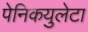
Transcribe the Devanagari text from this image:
पेनिकयुलेटा